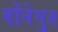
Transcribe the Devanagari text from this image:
वोंनेगुत